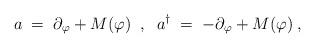
LaTeX: \begin{align*} a\;=\;\partial_\varphi + M(\varphi) \;\;,\;\; a^\dagger\;=\;-\partial_\varphi + M(\varphi) \;,\end{align*}